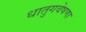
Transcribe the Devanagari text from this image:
धातुगवेषणा